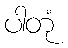
ပါတုံ